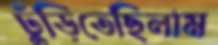
ঢুঁড়িতেছিলাম